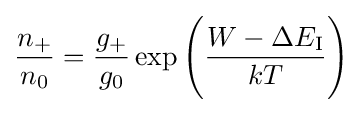
{\frac {n_{+}}{n_{0}}}={\frac {g_{+}}{g_{0}}}\exp {\Bigg (}{\frac {W-\Delta E_{\text{I}}}{kT}}{\Bigg )}